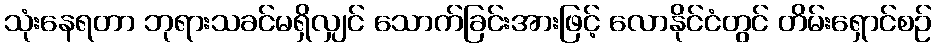
သုံးနေရတာ ဘုရားသခင်မရှိလျှင် သောက်ခြင်းအားဖြင့် လောနိုင်ငံတွင် တိမ်းရှောင်စဉ်